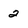
Character: 2